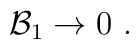
{\cal B}_1 \rightarrow 0 \ .